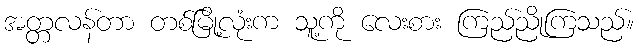
အတ္တလန်တာ တစ်မြို့လုံးက သူ့ကို လေးစား ကြည်ညိုကြသည်။